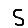
Digit: 5